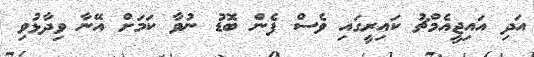
އަދި އައިޖީއެމްޗު ކައިރީގައި ވެސް ފެން ބޮޑު ނުވާ ކަމަށް އޭނާ ވިދާޅުވި